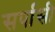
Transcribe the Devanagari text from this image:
सर्पासी